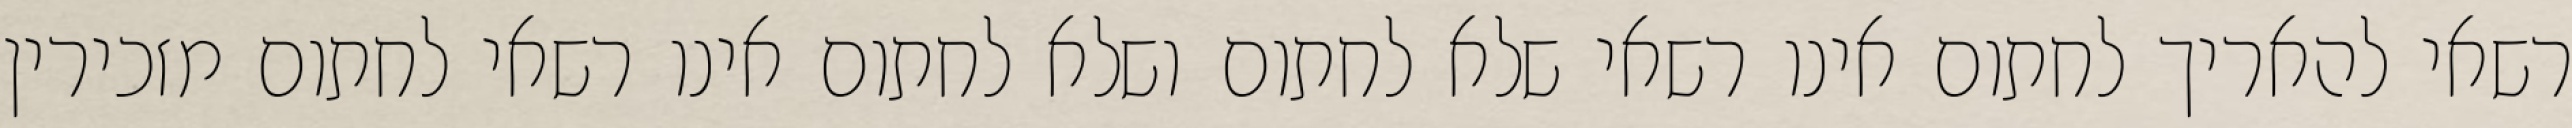
רשאי להאריך לחתום אינו רשאי שלא לחתום ושלא לחתום אינו רשאי לחתום מזכירין